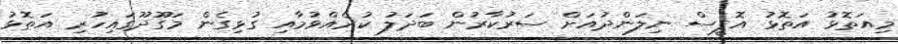
މިއަތޮޅު އަތޮޅު އޮފީސް ނިލަންދުއަށް ސަރުކާރުން ބަދަލު ކުރެއްވުމާއި ގުޅިގެން މަގޫދޫގައިހުރި އަތޮޅު